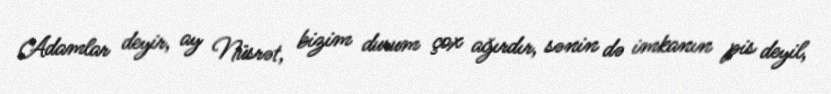
Adamlar deyir, ay Nüsrət, bizim durum çox ağırdır, sənin də imkanın pis deyil,